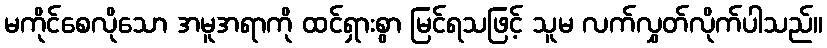
မကိုင်စေလိုသော အမူအရာကို ထင်ရှားစွာ မြင်ရသဖြင့် သူမ လက်လွှတ်လိုက်ပါသည်။